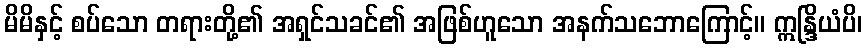
မိမိနှင့် စပ်သော တရားတို့၏ အရှင်သခင်၏ အဖြစ်ဟူသော အနက်သဘောကြောင့်။ ဣန္ဒြိယံပိ၊